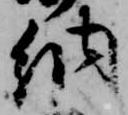
納